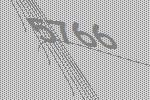
5766